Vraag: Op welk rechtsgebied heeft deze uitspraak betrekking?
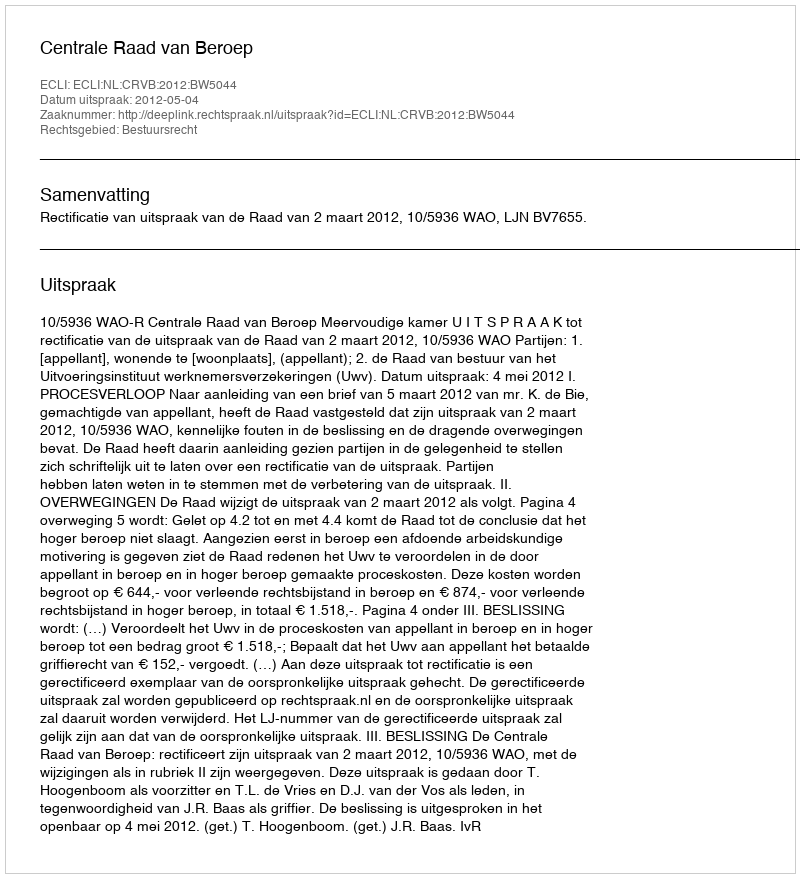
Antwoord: Bestuursrecht